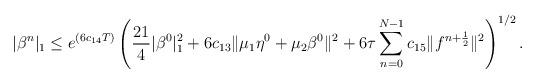
LaTeX: \begin{align*} |\beta^{n}|_1\leq e^{(6c_{14}T)}\left(\frac{21}{4}|\beta^0|_1^2+6c_{13}\| \mu_1 \eta^0+\mu_2\beta^0\|^2+6\tau \sum\limits_{n=0}^{N-1}c_{15}\|f^{n+\frac{1}{2}}\|^2 \right)^{1/2}. \end{align*}